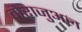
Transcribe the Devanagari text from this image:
मेराजुअल